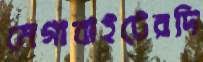
মেগাবাইটেরদি